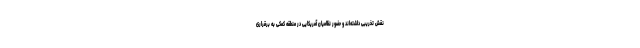
نقش تخریبی داشته‌اند و حضور نظامیان آمریکایی در منطقه کمکی به برقراری